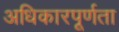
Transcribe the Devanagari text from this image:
अधिकारपूर्णता